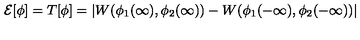
{ \cal E } [ \phi ] = T [ \phi ] = | W ( \phi _ { 1 } ( \infty ) , \phi _ { 2 } ( \infty ) ) - W ( \phi _ { 1 } ( - \infty ) , \phi _ { 2 } ( - \infty ) ) |